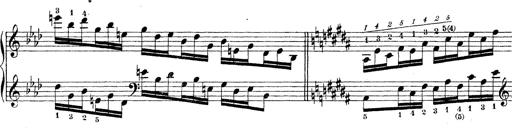
Title: Technische Studien
Composer: Franz Liszt